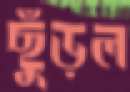
ছুঁড়ল